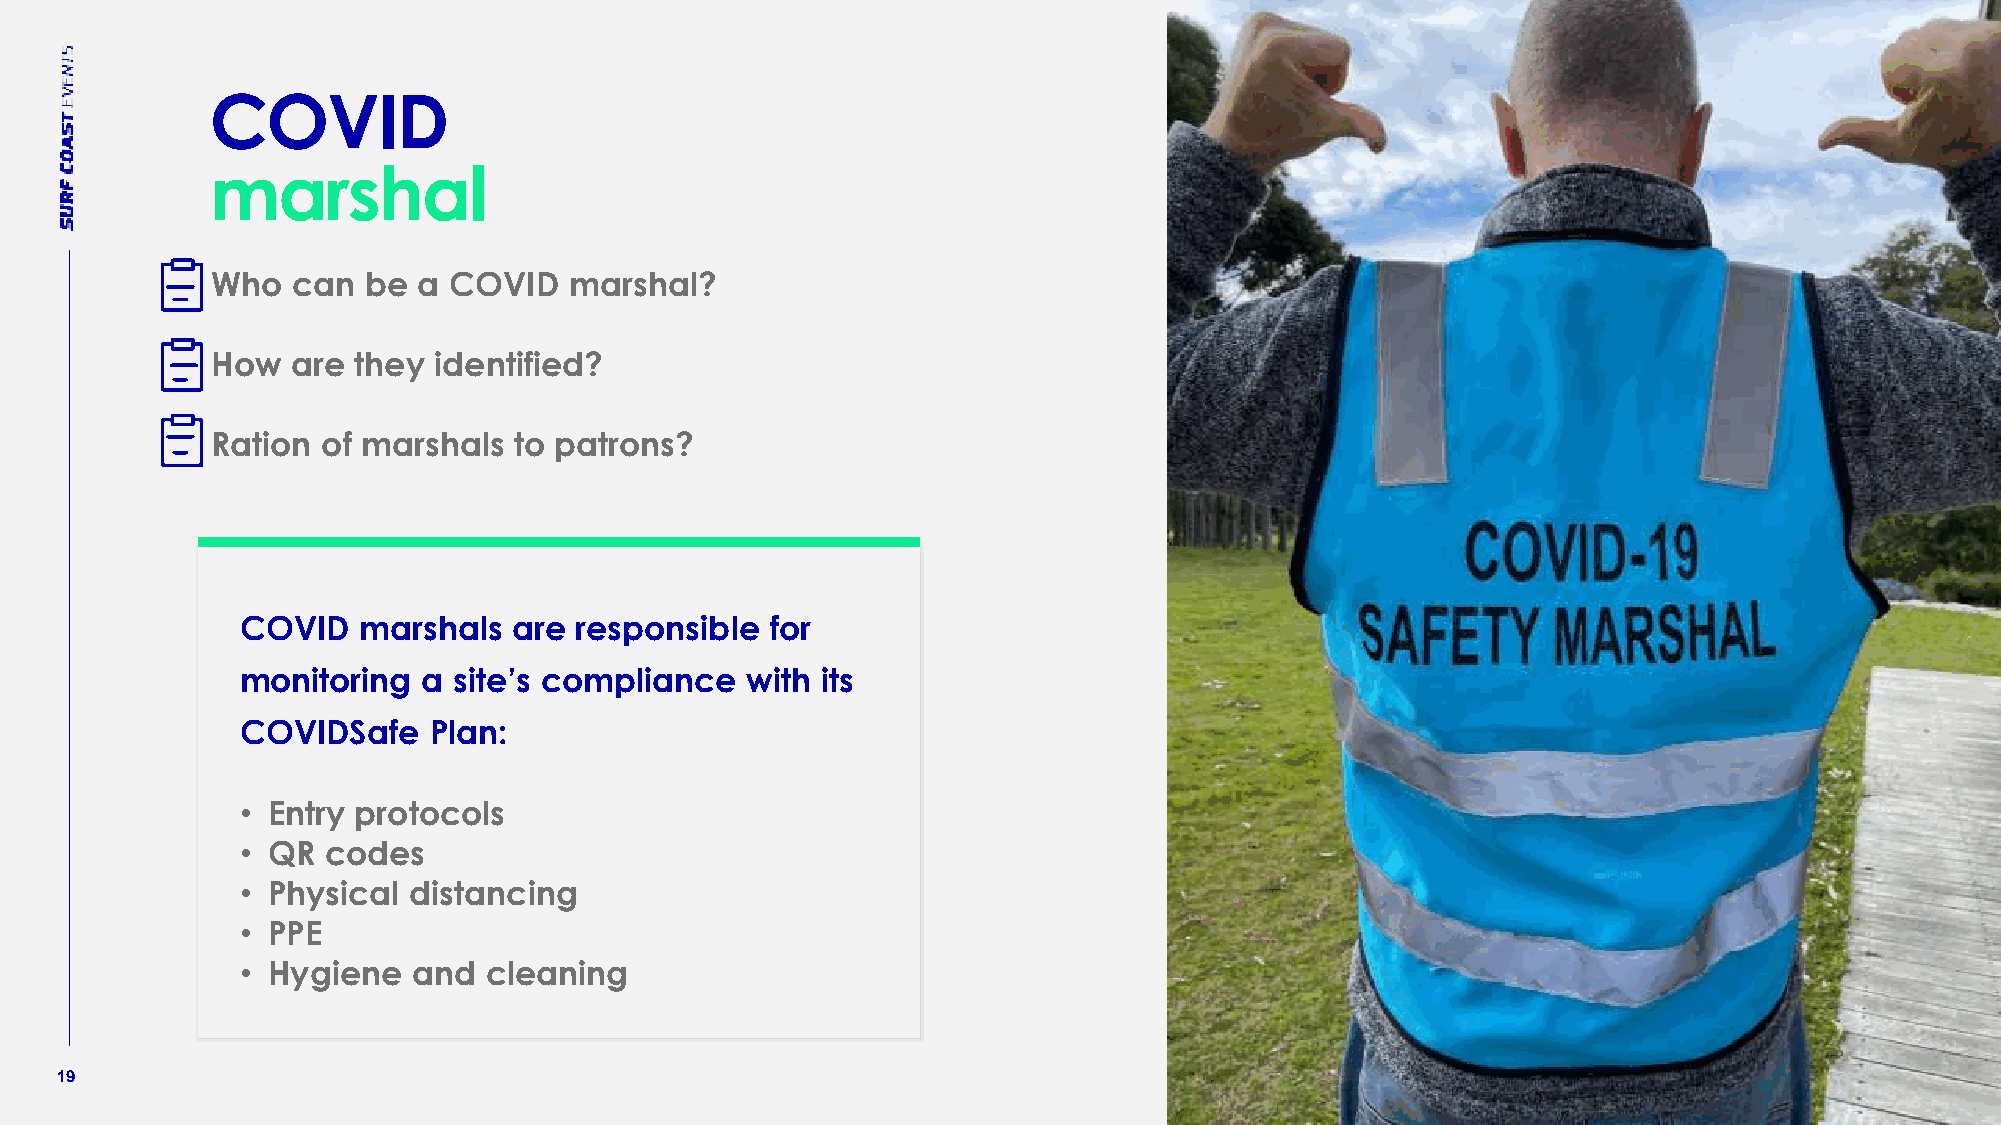
COVID
 marshal
 Who  can  be  a COVID   marshal?
 How  are they  identified?
 Ration of marshals  to patrons?
 COVID   marshals  are responsible  for
 monitoring  a site’s compliance  with its
 COVIDSafe   Plan:
 • Entry protocols
 • QR codes
 • Physical distancing
 • PPE
 • Hygiene  and  cleaning
 19